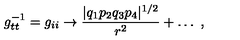
g _ { t t } ^ { - 1 } = g _ { i i } \rightarrow { \frac { | q _ { 1 } p _ { 2 } q _ { 3 } p _ { 4 } | ^ { 1 / 2 } } { r ^ { 2 } } } + \dots \ ,